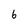
Character: 6